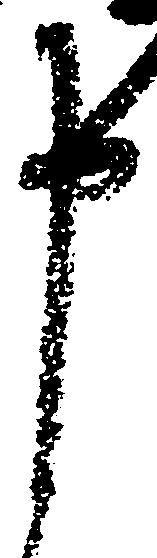
申